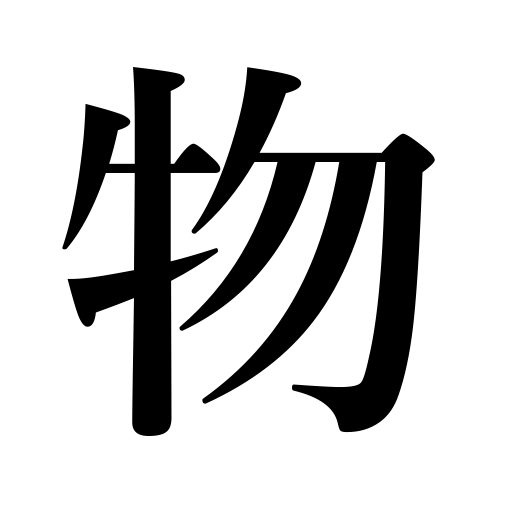
Meanings: somebody,thing,object,reason,success,matter,something